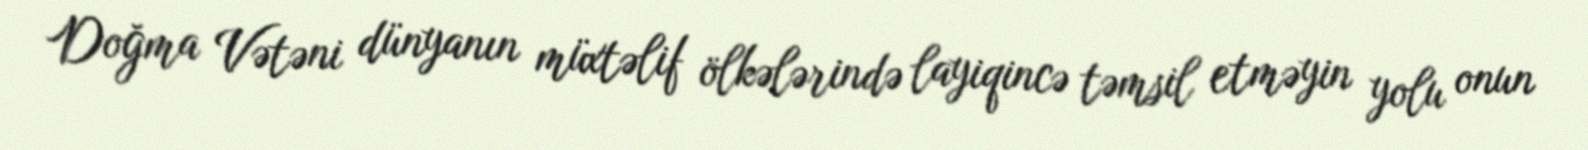
Doğma Vətəni dünyanın müxtəlif ölkələrində layiqincə təmsil etməyin yolu onun